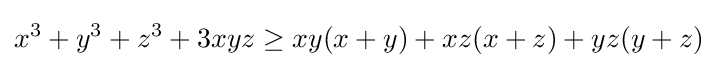
x^{3}+y^{3}+z^{3}+3xyz\geq xy(x+y)+xz(x+z)+yz(y+z)